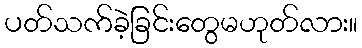
ပတ်သက်ခဲ့ခြင်းတွေမဟုတ်လား။